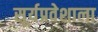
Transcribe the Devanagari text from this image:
सूर्यप्रवेशाला